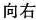
向右